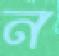
ন